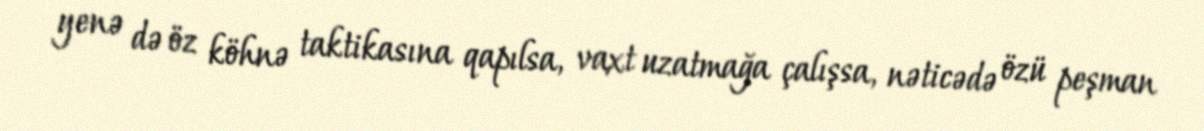
yenə də öz köhnə taktikasına qapılsa, vaxt uzatmağa çalışsa, nəticədə özü peşman